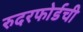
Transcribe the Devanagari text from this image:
रुदरफोर्डची